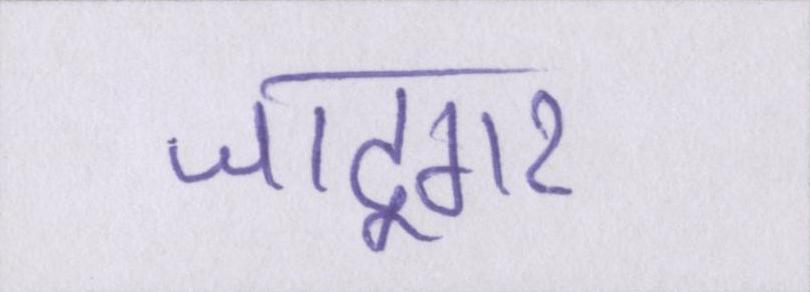
जादूगर